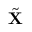
\tilde { \bf { X } }